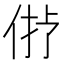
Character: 𠉝